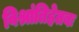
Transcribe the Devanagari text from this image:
विश्रांतिहेतबः